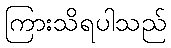
ကြားသိရပါသည်